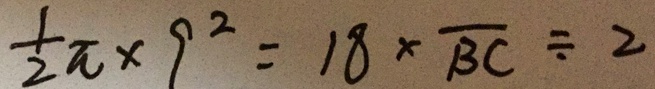
\frac { 1 } { 2 } \pi \times 9 ^ { 2 } = 1 8 \times \overline { B C } \div 2